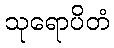
သုရောပိတံ